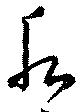
水